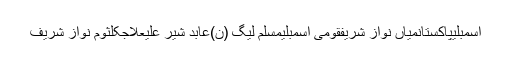
اسمبلیپاکستانمیاں نواز شریفقومی اسمبلیمسلم لیگ (ن)عابد شیر علیعلاجکلثوم نواز شریف